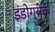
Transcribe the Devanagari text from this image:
इंंडोग्रीक